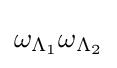
\omega _{\Lambda _{1}}\omega _{\Lambda _{2}}